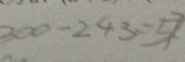
3 0 0 - 2 4 3 = 5 7